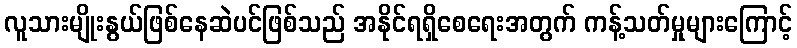
လူသားမျိုးနွယ်ဖြစ်နေဆဲပင်ဖြစ်သည် အနိုင်ရရှိစေရေးအတွက် ကန့်သတ်မှုများကြောင့်